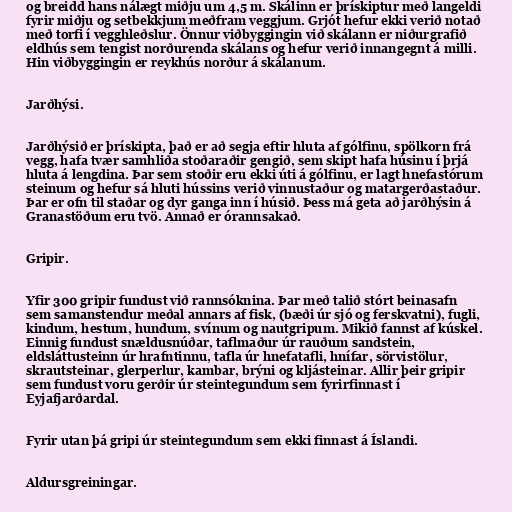
og breidd hans nálægt miðju um 4,5 m. Skálinn er þrískiptur með langeldi
fyrir miðju og setbekkjum meðfram veggjum. Grjót hefur ekki verið notað
með torfi í vegghleðslur. Önnur viðbyggingin við skálann er niðurgrafið
eldhús sem tengist norðurenda skálans og hefur verið innangegnt á milli.
Hin viðbyggingin er reykhús norður á skálanum.

Jarðhýsi.

Jarðhýsið er þrískipta, það er að segja eftir hluta af gólfinu, spölkorn frá
vegg, hafa tvær samhliða stoðaraðir gengið, sem skipt hafa húsinu í þrjá
hluta á lengdina. Þar sem stoðir eru ekki úti á gólfinu, er lagt hnefastórum
steinum og hefur sá hluti hússins verið vinnustaður og matargerðastaður.
Þar er ofn til staðar og dyr ganga inn í húsið. Þess má geta að jarðhýsin á
Granastöðum eru tvö. Annað er órannsakað.

Gripir.

Yfir 300 gripir fundust við rannsóknina. Þar með talið stórt beinasafn
sem samanstendur meðal annars af fisk, (bæði úr sjó og ferskvatni), fugli,
kindum, hestum, hundum, svínum og nautgripum. Mikið fannst af kúskel.
Einnig fundust snældusnúðar, taflmaður úr rauðum sandstein,
eldsláttusteinn úr hrafntinnu, tafla úr hnefatafli, hnífar, sörvistölur,
skrautsteinar, glerperlur, kambar, brýni og kljásteinar. Allir þeir gripir
sem fundust voru gerðir úr steintegundum sem fyrirfinnast í
Eyjafjarðardal.

Fyrir utan þá gripi úr steintegundum sem ekki finnast á Íslandi.

Aldursgreiningar.